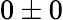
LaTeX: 0\pm 0